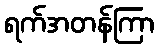
ရက်အတန်ကြာ